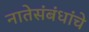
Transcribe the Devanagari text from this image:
नातेसंबंधांचे